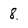
Character: 8